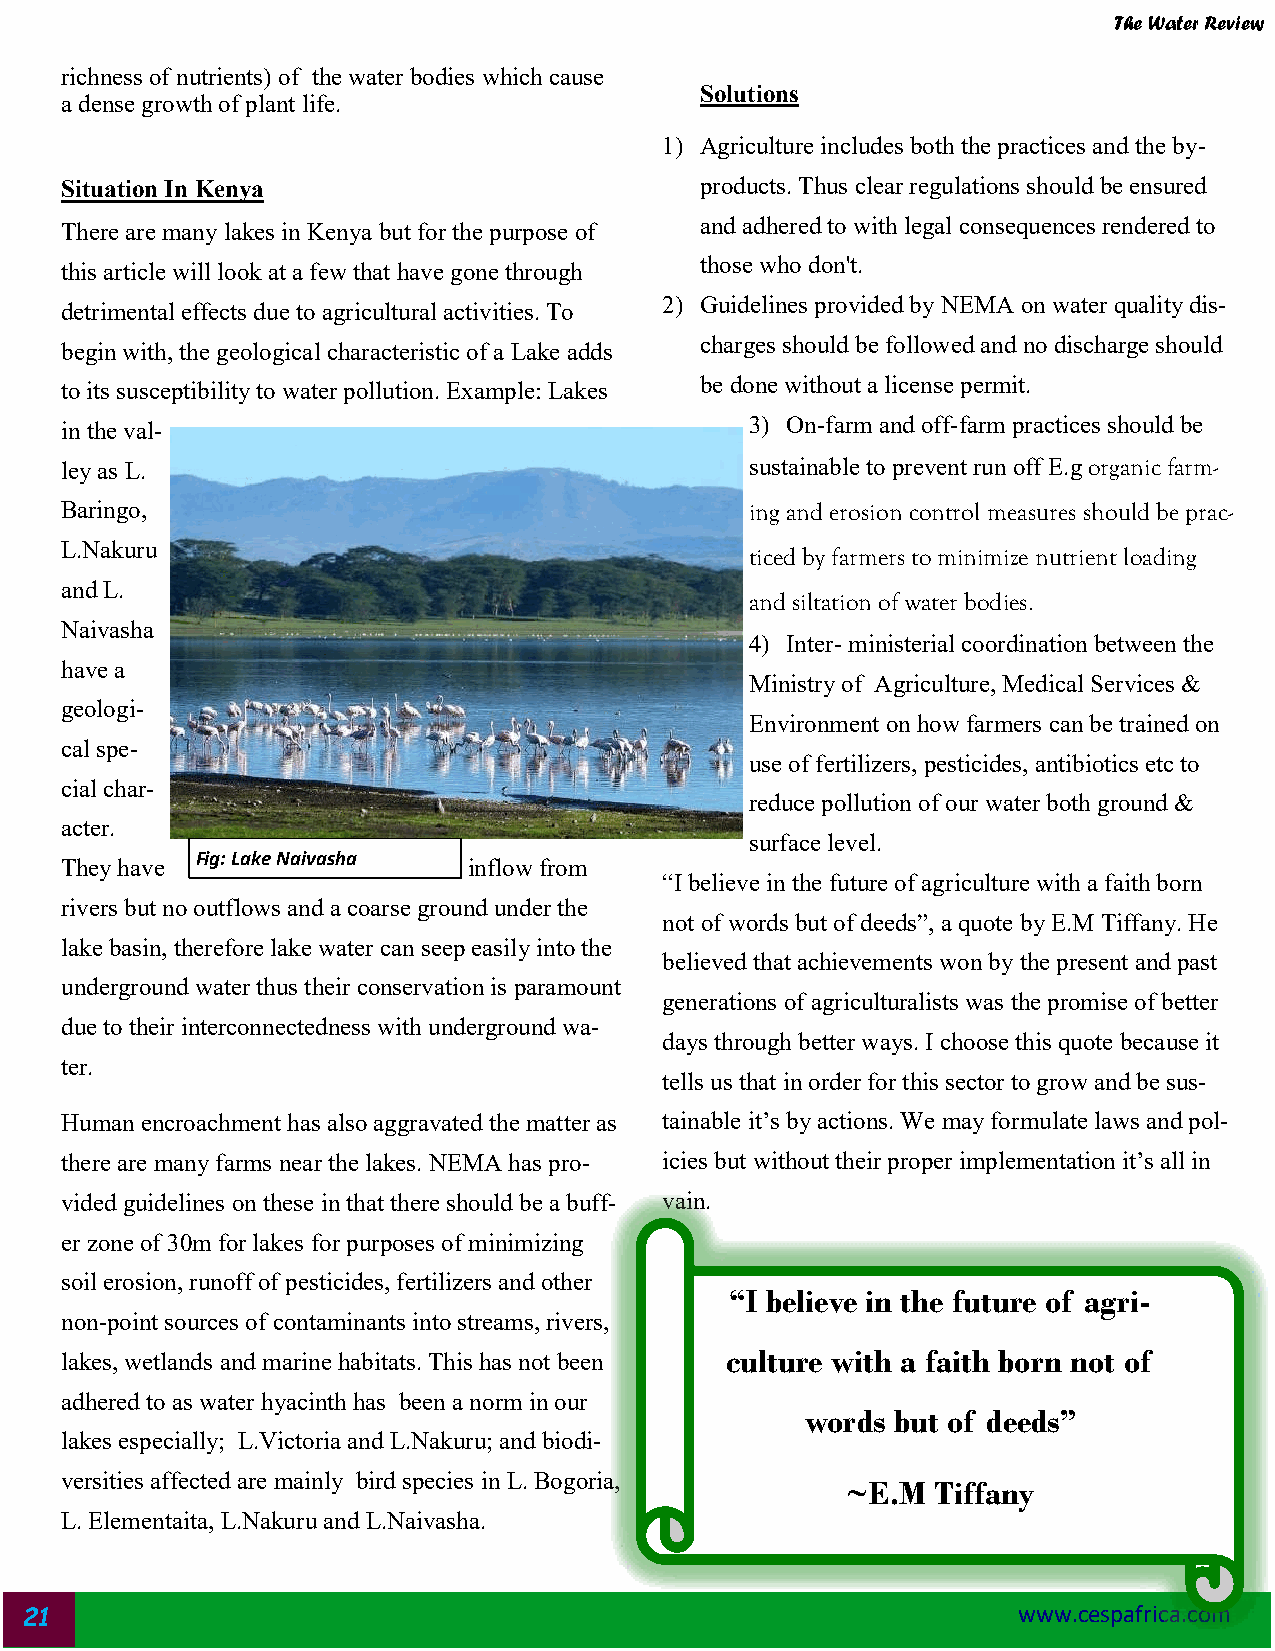
The Water Review
 richness of nutrients) of the water bodies which cause
 Solutions
 a dense growth of plant life.
 1) Agriculture includes both the practices and the by-
 Situation In Kenya                        products. Thus clear regulations should be ensured
 and adhered to with legal consequences rendered to
 There are many lakes in Kenya but for the purpose of
 those who don't.
 this article will look at a few that have gone through
 2) Guidelines provided by NEMA on water quality dis-
 detrimental effects due to agricultural activities. To
 charges should be followed and no discharge should
 begin with, the geological characteristic of a Lake adds
 be done without a license permit.
 to its susceptibility to water pollution. Example: Lakes
 3) On-farm and off-farm practices should be
 in the val-
 ley as L.                                     sustainable to prevent run off E.g organic farm-
 Baringo,                                      ing and erosion control measures should be prac-
 L.Nakuru
 ticed by farmers to minimize nutrient loading
 and L.
 and siltation of water bodies.
 Naivasha
 4) Inter- ministerial coordination between the
 have a
 Ministry of Agriculture, Medical Services &
 geologi-
 Environment on how farmers can be trained on
 cal spe-
 use of fertilizers, pesticides, antibiotics etc to
 cial char-
 reduce pollution of our water both ground &
 acter.
 surface level.
 Fig: Lake Naivasha
 They have                  inflow from
 “I believe in the future of agriculture with a faith born
 rivers but no outflows and a coarse ground under the
 not of words but of deeds”, a quote by E.M Tiffany. He
 lake basin, therefore lake water can seep easily into the
 believed that achievements won by the present and past
 underground water thus their conservation is paramount
 generations of agriculturalists was the promise of better
 due to their interconnectedness with underground wa-
 days through better ways. I choose this quote because it
 ter.
 tells us that in order for this sector to grow and be sus-
 Human encroachment has also aggravated the matter as tainable it’s by actions. We may formulate laws and pol-
 there are many farms near the lakes. NEMA has pro- icies but without their proper implementation it’s all in
 vided guidelines on these in that there should be a buff- vain.
 er zone of 30m for lakes for purposes of minimizing
 soil erosion, runoff of pesticides, fertilizers and other
 “I believe in the future of agri-
 non-point sources of contaminants into streams, rivers,
 lakes, wetlands and marine habitats. This has not been culture with a faith born not of
 adhered to as water hyacinth has been a norm in our
 words but of deeds”
 lakes especially; L.Victoria and L.Nakuru; and biodi-
 versities affected are mainly bird species in L. Bogoria,
 ~E.M  Tiffany
 L. Elementaita, L.Nakuru and L.Naivasha.
 21                                                                www.cespafrica.com